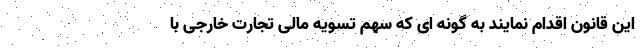
این قانون اقدام نمایند به گونه ای که سهم تسویه مالی تجارت خارجی با